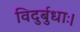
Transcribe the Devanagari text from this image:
विदुर्बुधाः।